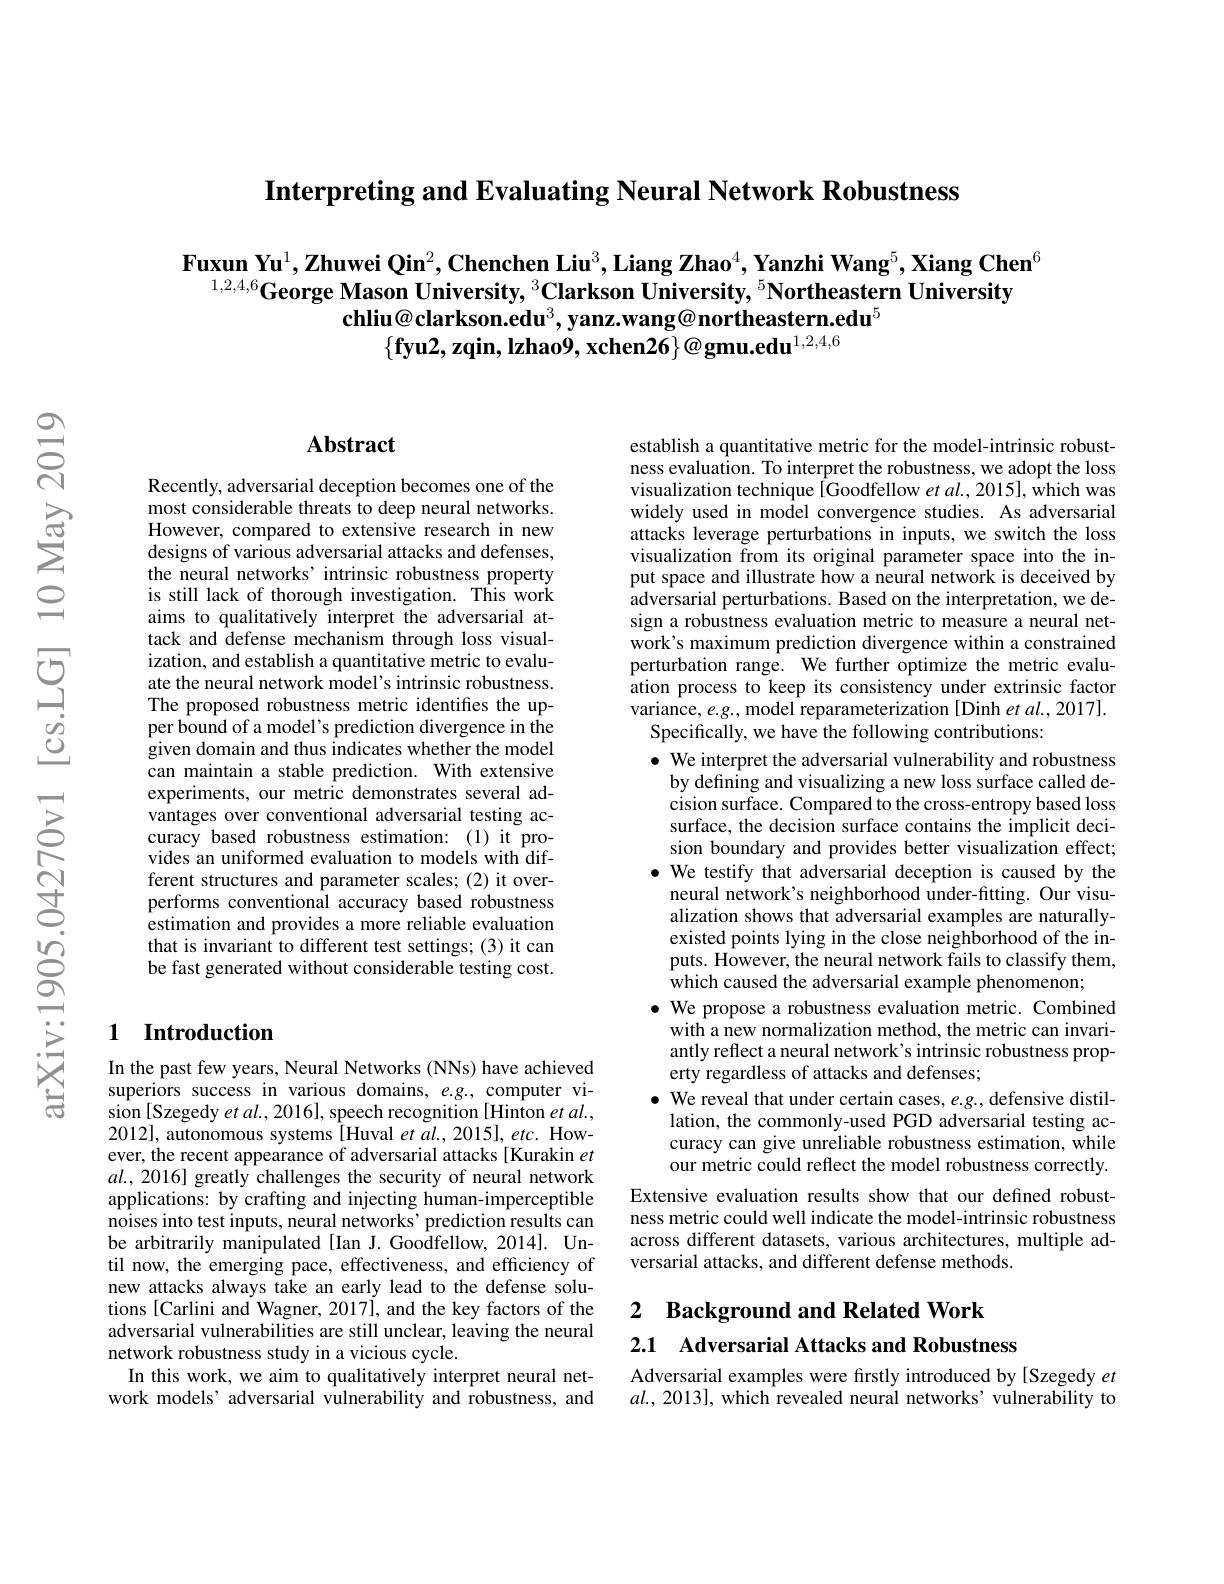
Interpreting and Evaluating Neural Network Robustness

$\textbf{Fuxun Yu}^1,\textbf{Zhuwei Qin}^2,\textbf{Chenchen Liu}^3,\textbf{Liang Zhao}^4,\textbf{Yanzhi Wang}^5,\textbf{Xiang Chen}^6$
$^{1, 2, 4, 6}\textbf{George Mason University, }^3\textbf{Clarkson University, }^5\textbf{Northeastern University}$
chliu@clarkson.edu$^{3}$,yanz.wang@northeastern.edu$^{5}$
$\{ \textbf{fyu2, zqin, lzhao9, xchen26}\} @ \textbf{gmu. edu}^{1, 2, 4, 6}$

## Abstract

Recently, adversarial deception becomes one of the most considerable threats to deep neural networks. However, compared to extensive research in new designs of various adversarial attacks and defenses, the neural networks’intrinsic robustness property is still lack of thorough investigation. This work aims to qualitatively interpret the adversarial attack and defense mechanism through loss visualization, and establish a quantitative metric to evaluate the neural network model's intrinsic robustness. The proposed robustness metric identifies the upper bound of a model's prediction divergence in the given domain and thus indicates whether the model can maintain a stable prediction. With extensive experiments, our metric demonstrates several advantages over conventional adversarial testing accuracy based robustness estimation:(1)it provides an uniformed evaluation to models with different structures and parameter scales; (2) it overperforms conventional accuracy based robustness estimation and provides a more reliable evaluation that is invariant to different test settings; (3) it can be fast generated without considerable testing cost.

## 1 Introduction

In the past few years, Neural Networks (NNs) have achieved superiors success in various domains, e.g., computer vision [Szegedy et al., 2016], speech recognition [Hinton et al., 2012], autonomous systems[Huval et al., 2015], etc. However, the recent appearance of adversarial attacks[Kurakin $et$ $al.,2016]$ greatly challenges the security of neural network applications: by crafting and injecting human-imperceptible noises into test inputs, neural networks' prediction results can be arbitrarily manipulated [Ian J. Goodfellow, 2014]. Until now, the emerging pace, effectiveness, and efficiency of new attacks always take an early lead to the defense solutions [Carlini and Wagner, 2017], and the key factors of the adversarial vulnerabilities are still unclear, leaving the neural network robustness study in a vicious cycle.
In this work, we aim to qualitatively interpret neural network models’ adversarial vulnerability and robustness, and

establish a quantitative metric for the model-intrinsic robustness evaluation. To interpret the robustness, we adopt the loss visualization technique [Goodfellow et $al.,2015]$, which was widely used in model convergence studies. As adversarial attacks leverage perturbations in inputs, we switch the loss visualization from its original parameter space into the input space and illustrate how a neural network is deceived by adversarial perturbations. Based on the interpretation, we design a robustness evaluation metric to measure a neural network's maximum prediction divergence within a constrained perturbation range. We further optimize the metric evaluation process to keep its consistency under extrinsic factor variance, $e.g.$, model reparameterization [Dinh et al., 2017].
Specifically, we have the following contributions:
$\bullet$ We interpret the adversarial vulnerability and robustness
by defining and visualizing a new loss surface called decision surface. Compared to the cross-entropy based loss surface, the decision surface contains the implicit decision boundary and provides better visualization effect;
$\bullet$ We testify that adversarial deception is caused by the
neural network's neighborhood under-fitting. Our visualization shows that adversarial examples are naturallyexisted points lying in the close neighborhood of the inputs. However, the neural network fails to classify them, which caused the adversarial example phenomenon;
$\bullet$ We propose a robustness evaluation metric. Combined
with a new normalization method, the metric can invariantly reflect a neural network's intrinsic robustness property regardless of attacks and defenses;
$\bullet$ We reveal that under certain cases, e.g., defensive distillation, the commonly-used PGD adversarial testing accuracy can give unreliable robustness estimation, while our metric could reflect the model robustness correctly.
Extensive evaluation results show that our defined robustness metric could well indicate the model-intrinsic robustness across different datasets, various architectures, multiple adversarial attacks, and different defense methods

2 Background and Related Work

2.1 Adversarial Attacks and Robustness

Adversarial examples were firstly introduced by [Szegedy $et$ $al.,2013]$, which revealed neural networks' vulnerability to